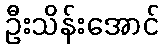
ဦးသိန်းအောင်